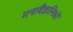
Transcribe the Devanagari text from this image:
मनावैज्ञानिकों